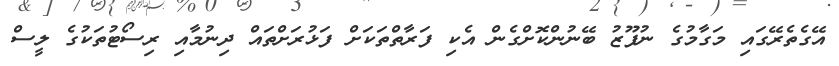
އޭގެތެރޭގައި މަގާމުގެ ނުފޫޒު ބޭނުންކޮށްގެން އެކި ފަރާތްތަކަށް ފަޅުރަށްތައް ދިނުމާއި ރިސޯޓުތަކުގެ ލީސް